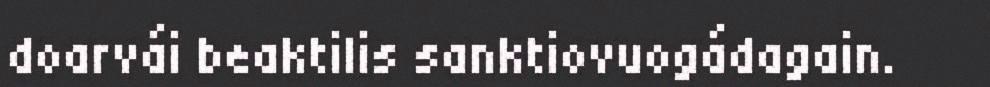
doarvái beaktilis sanktiovuogádagain.